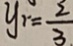
y _ { 1 } = \frac { 2 } { 3 }